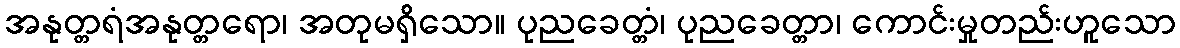
အနုတ္တရံအနုတ္တရော၊ အတုမရှိသော။ ပုညခေတ္တံ၊ ပုညခေတ္တာ၊ ကောင်းမှုတည်းဟူသော